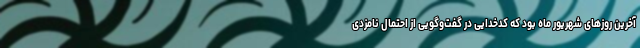
آخرین روزهای شهریور ماه بود که کدخدایی در گفت‌وگویی از احتمال نامزدی